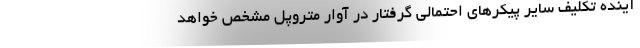
آینده تکلیف سایر پیکرهای احتمالی گرفتار در آوار متروپل مشخص خواهد